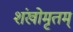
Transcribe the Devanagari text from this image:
शंखोमृतम्